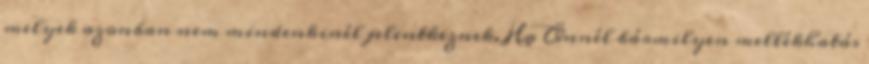
melyek azonban nem mindenkinél jelentkeznek. Ha Önnél bármilyen mellékhatás